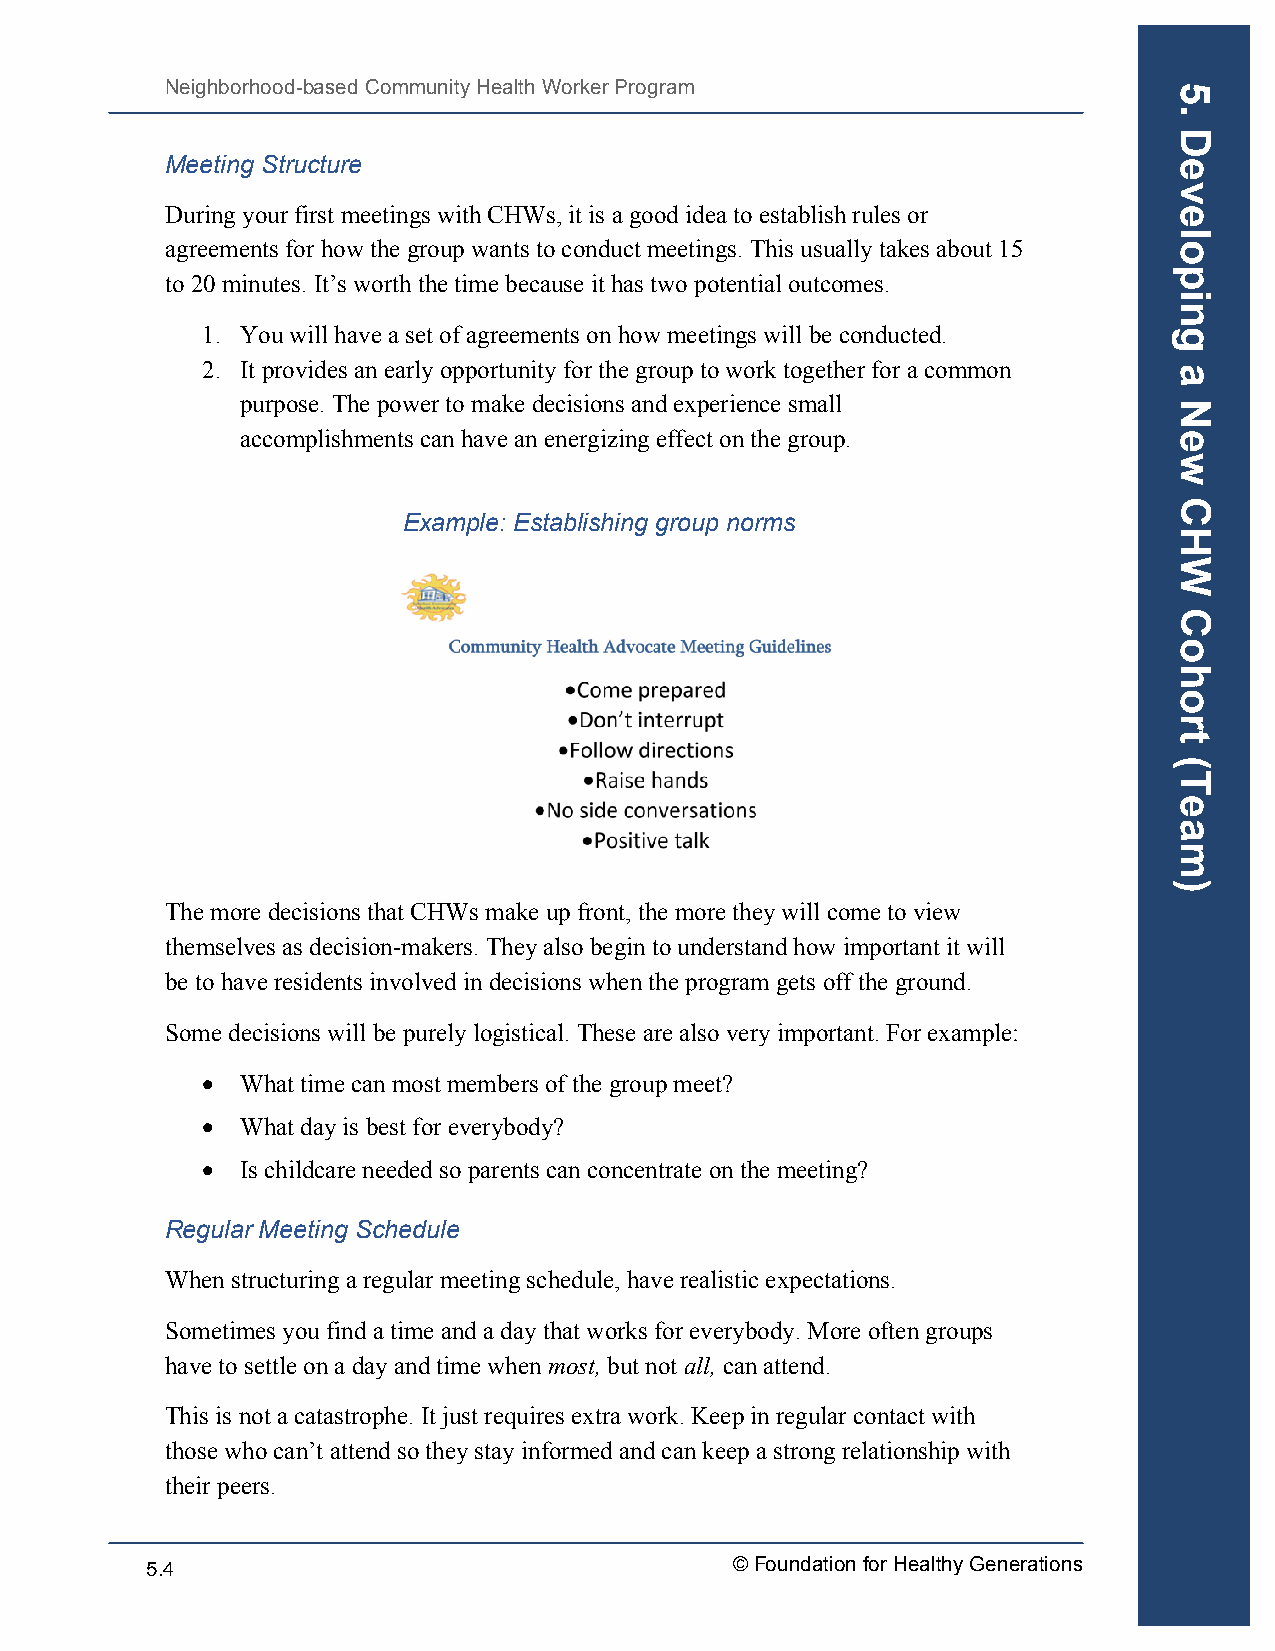
Neighborhood-based Community Health Worker Program
 Meeting Structure
 During your first meetings with CHWs, it is a good idea to establish rules or
 agreements for how the group wants to conduct meetings. This usually takes about 15
 to 20 minutes. It’s worth the time because it has two potential outcomes.
 1. You will have a set of agreements on how meetings will be conducted.
 2. It provides an early opportunity for the group to work together for a common
 purpose. The power to make decisions and experience small
 accomplishments can have an energizing effect on the group.
 Example: Establishing group norms
 The more decisions that CHWs make up front, the more they will come to view
 themselves as decision-makers. They also begin to understand how important it will
 be to have residents involved in decisions when the program gets off the ground.
 Some decisions will be purely logistical. These are also very important. For example:
 •  What time can most members of the group meet?
 •  What day is best for everybody?
 •  Is childcare needed so parents can concentrate on the meeting?
 Regular Meeting Schedule
 When structuring a regular meeting schedule, have realistic expectations.
 Sometimes you find a time and a day that works for everybody. More often groups
 have to settle on a day and time when most, but not all, can attend.
 This is not a catastrophe. It just requires extra work. Keep in regular contact with
 those who can’t attend so they stay informed and can keep a strong relationship with
 their peers.
 5.4                                   © Foundation for Healthy Generations
 5.
 Developing
 a
 New
 CHW
 Cohort
 (Team)